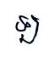
ឡ